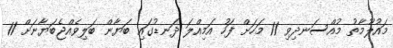
މައުލޫމާތު މުއްސަނދިވި 11 މަހަށް ފަހު އަމިއްލަ ދަނޑުގައި ބަޔާން ބަލިވެއްޖެބަޔާނަށް 11